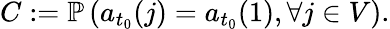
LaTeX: C:=\mathbb{P}\left(a_{t_{0}}(j)=a_{t_{0}}(1),\forall j\in V\right).